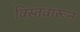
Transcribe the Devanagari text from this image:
विस्तवारून